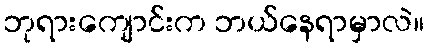
ဘုရားကျောင်းက ဘယ်နေရာမှာလဲ။